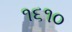
૧૬૧૦